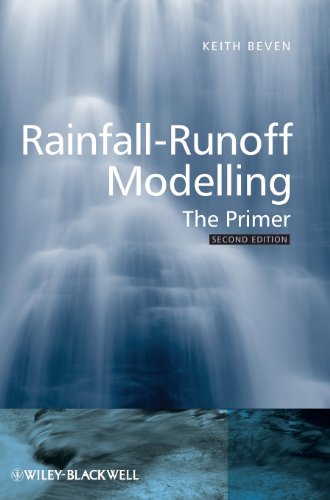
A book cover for Rainfall-Runoff Modelling: The Primer; Keith J. Beven; Science & Math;